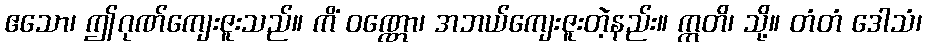
ဧသော၊ ဤဂုဏ်ကျေးဇူးသည်။ ကိံ ဝဏ္ဏော၊ အဘယ်ကျေးဇူးတဲ့နည်း။ ဣတိ၊ သို့။ တံတံ ဒေါသံ၊